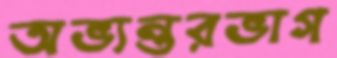
অভ্যন্তরভাগ